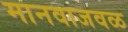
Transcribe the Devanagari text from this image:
मानवाजवळ